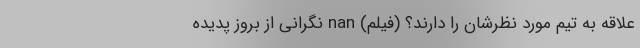
علاقه به تیم مورد نظرشان را دارند؟ (فیلم) nan نگرانی از بروز پدیده